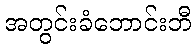
အတွင်းခံဘောင်းဘီ